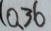
( 0 、 3 6